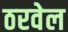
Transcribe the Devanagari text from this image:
ठरवेल